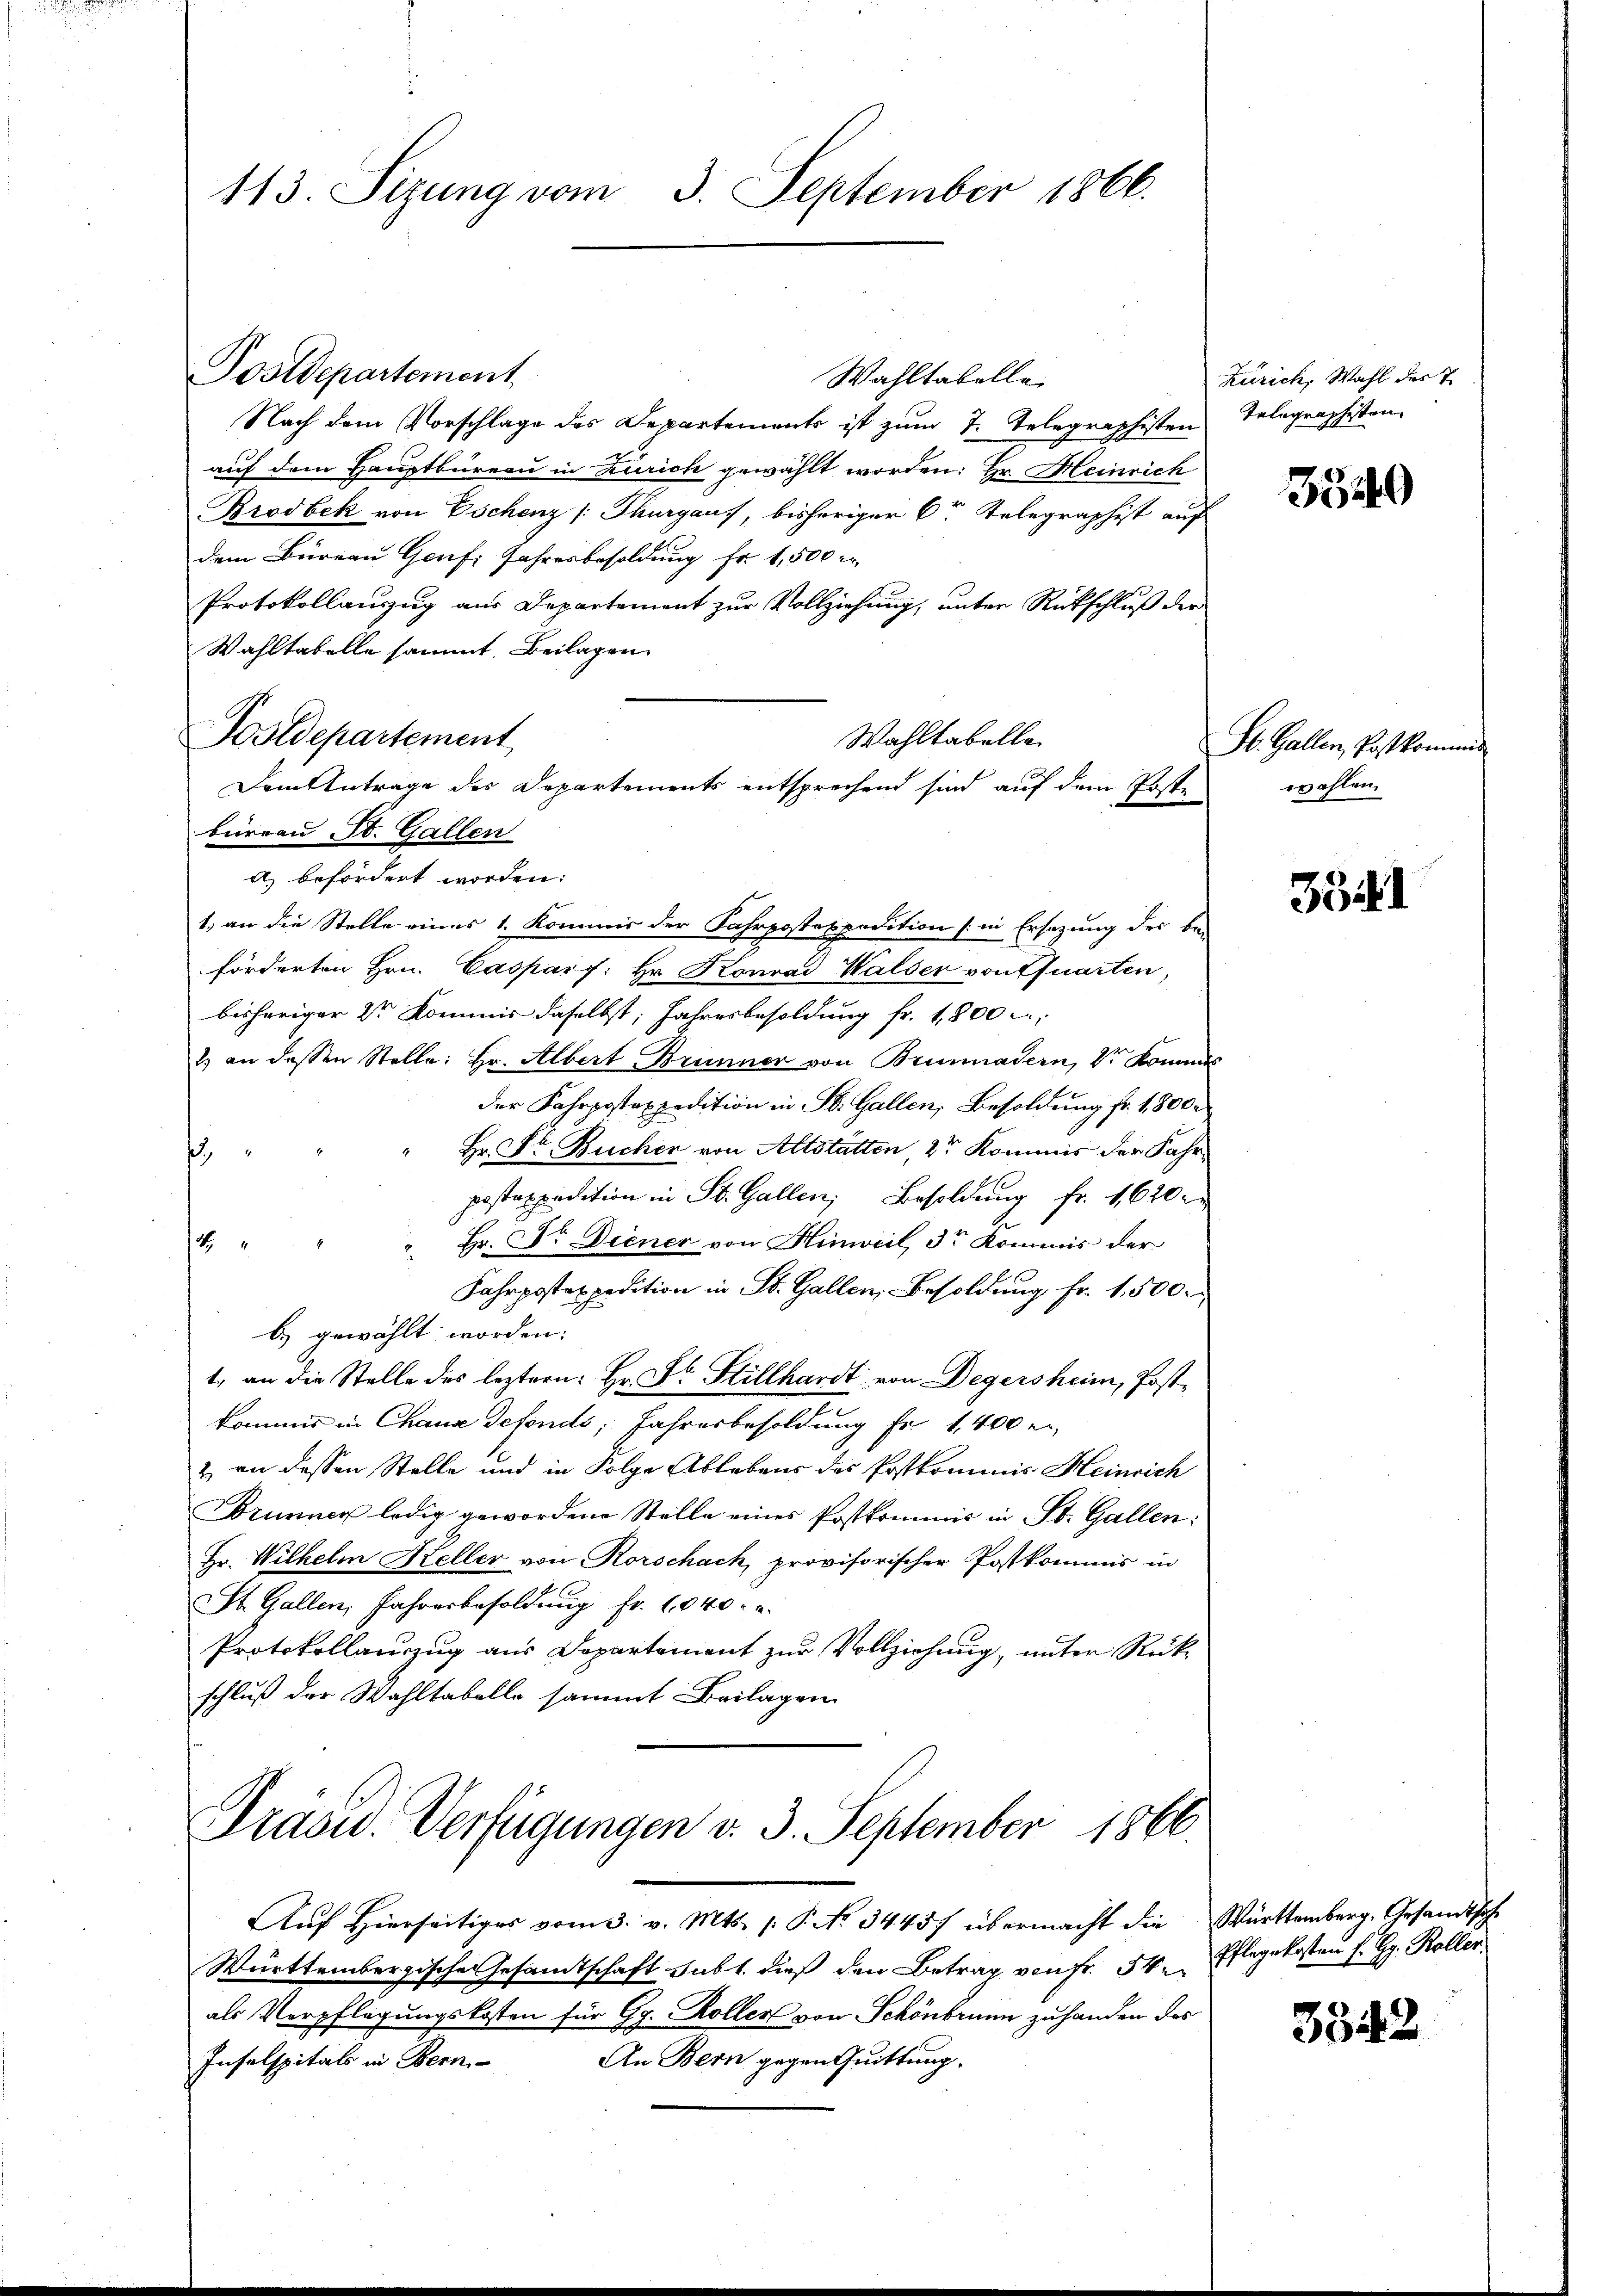
113. Sizung vom 3. September 1866.

Postdepartement
Wahltabelle
Nach dem Vorschlage des Departements ist zum 7. Telegraphisten
auf dem Hauptbureau in Zürich gewählt worden: Hr. Meinrich
Brodbek von Eschenz /: Thurgaus, bisheriger Cr Telegraphist auf
dem Büreau Genf. Jahresbesoldung Fr. 1,500 r
Protokollauszug aus Departement zur Vollziehung, unter Rückschluß der
Wahltabelle sammt. Beilagen
büreau St. Gallen
a) befördert worden:
1.) an die Stelle eines 1. Kommis der Fahrpostaxpedition (in Ersatzung des beförderten Hrn. Casparf: Hr. Konrad Walser von Quarten,
bisheriger 2r Kommis daselbst, Jahresbesoldung fr. 1,800
2) an dessen Stelle: Hr. Albert Brunner von Brunnadern, dr komme
der Fahrpostexpedition in St. Gallen, Besoldung fr. 1800.
Hr. Fr. Bücher von Altstätten, 2r Kommis der Fahrs
postexpedition in St. Gallen, Besoldung fr. 1620
 Hr. Dr. Diener von Hinweil, 3r Kommis der
1
Fahrpostexpedition in St. Gallen, Besoldung Fr. 1,500.
b) gewählt worden.
1., an die Stelle des leztern: Hr. Dr. Stillhardt von Degersheim, Postkommis in Chaus defonds, Jahresbesoldung fr. 1,400 r
& an dessen Stelle und in Folge Ablebens des Postkommis Heinrich
Brunner ledig gewordene Stelle eines Postkommis in St. Gallen:
Hr. Wilhelm Keller von Rorschach, provisorischer Postkommis in
St. Gallen, Jahresbesoldung fr. 1040.
Protokollauszug aus Departement zur Vollziehung, unter Rückschluß der Wahltabelle sammt Beilagen
Grasid. Verfügungen v. 3. September 1866.
Aŭf Hierseitiges vom 3. v. Mts. s. S. No. 34457 übermacht die Württemberg. Gesandtsche
Württembergische Gesamtschaft subt. dieß den Betrag von Fr. 54. Pflegekosten f. G. Roller
als Verpflegungskosten für Gg. Koller von Schönbrunn zu handen des
An Bern gegen Quittung.
Inselspitals in Bern

Postdepartement

Wahltabelle
Dem Antrage des Departements entsprechend sind auf dem Poste

Zürich, Wahl des T
Telegraphesten.

St. Gallen, Postkommis
wahlen.

3529

3541

3542